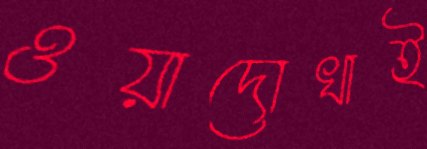
ওয়াদোখাই